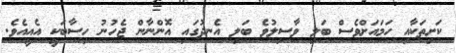
ކަށިތަކާއި ހަމައަށްވެސް ބަލި ވާސިލުވެ ބަލި އެނދުގައި އޮންނާން ޖެހުނު ހިސާބަކީ އެއީއެވެ.